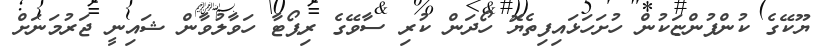
ޔޫކޭގެ ކުންފުންޏަކުން ހުށަހަޅައިފިތެޔޮ ހޯދަން ކުރި ސާވޭގެ ރިޕޯޓާ ހަވާލުވާން ޝައިނީ ޖަރުމަނަށް